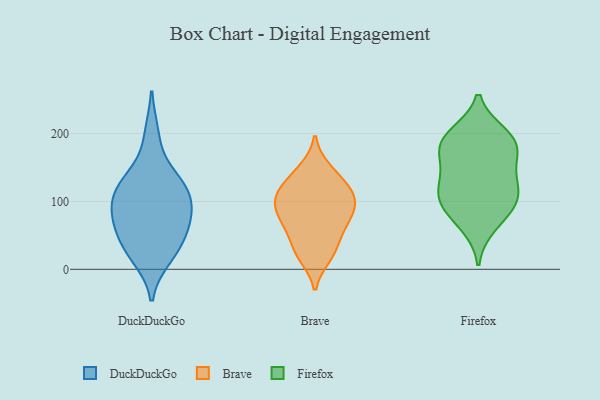
{"axis": {"x": "Market Share (%)", "y": "Value"}, "legend": ["Brave", "DuckDuckGo", "Firefox"], "data": [{"x": "", "y": 121, "type": "DuckDuckGo"}, {"x": "", "y": 133, "type": "DuckDuckGo"}, {"x": "", "y": 58, "type": "DuckDuckGo"}, {"x": "", "y": 130, "type": "DuckDuckGo"}, {"x": "", "y": 29, "type": "DuckDuckGo"}, {"x": "", "y": 18, "type": "DuckDuckGo"}, {"x": "", "y": 73, "type": "DuckDuckGo"}, {"x": "", "y": 198, "type": "DuckDuckGo"}, {"x": "", "y": 107, "type": "DuckDuckGo"}, {"x": "", "y": 33, "type": "DuckDuckGo"}, {"x": "", "y": 103, "type": "DuckDuckGo"}, {"x": "", "y": 84, "type": "DuckDuckGo"}, {"x": "", "y": 71, "type": "DuckDuckGo"}, {"x": "", "y": 67, "type": "Brave"}, {"x": "", "y": 105, "type": "Brave"}, {"x": "", "y": 71, "type": "Brave"}, {"x": "", "y": 77, "type": "Brave"}, {"x": "", "y": 88, "type": "Brave"}, {"x": "", "y": 112, "type": "Brave"}, {"x": "", "y": 19, "type": "Brave"}, {"x": "", "y": 147, "type": "Brave"}, {"x": "", "y": 41, "type": "Brave"}, {"x": "", "y": 106, "type": "Brave"}, {"x": "", "y": 137, "type": "Brave"}, {"x": "", "y": 25, "type": "Brave"}, {"x": "", "y": 114, "type": "Brave"}, {"x": "", "y": 195, "type": "Firefox"}, {"x": "", "y": 159, "type": "Firefox"}, {"x": "", "y": 102, "type": "Firefox"}, {"x": "", "y": 186, "type": "Firefox"}, {"x": "", "y": 128, "type": "Firefox"}, {"x": "", "y": 96, "type": "Firefox"}, {"x": "", "y": 199, "type": "Firefox"}, {"x": "", "y": 125, "type": "Firefox"}, {"x": "", "y": 185, "type": "Firefox"}, {"x": "", "y": 64, "type": "Firefox"}, {"x": "", "y": 114, "type": "Firefox"}, {"x": "", "y": 85, "type": "Firefox"}, {"x": "", "y": 167, "type": "Firefox"}]}